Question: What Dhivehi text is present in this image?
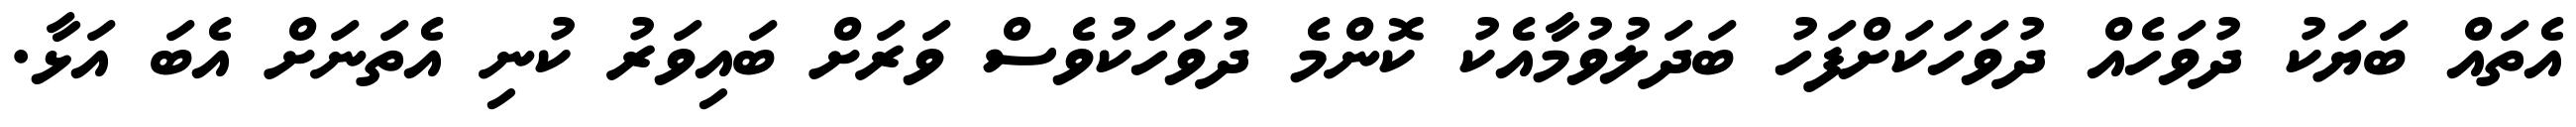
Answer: އެތައް ބަޔަކު ދުވަހެއް ދުވަހަކަށްފަހު ބަދަލުވުމާއެކު ކޮންމެ ދުވަހަކުވެސް ވަރަށް ބައިވަރު ކުނި އެތަނަށް އެބަ އަޅާ.